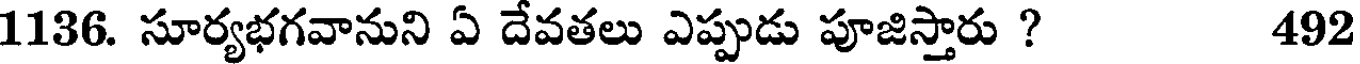
1136. సూర్యభగవానుని ఏ దేవతలు ఎప్పుడు పూజిస్తారు ? 492